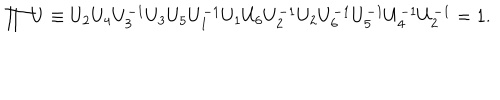
\prod U \equiv U _ { 2 } U _ { 4 } U _ { 3 } ^ { - 1 } U _ { 3 } U _ { 5 } U _ { 1 } ^ { - 1 } U _ { 1 } U _ { 6 } U _ { 2 } ^ { - 1 } U _ { 2 } U _ { 6 } ^ { - 1 } U _ { 5 } ^ { - 1 } U _ { 4 } ^ { - 1 } U _ { 2 } ^ { - 1 } = 1 .